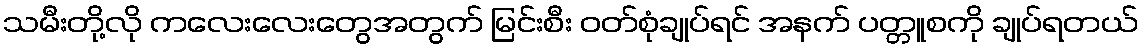
သမီးတို့လို ကလေးလေးတွေအတွက် မြင်းစီး ဝတ်စုံချုပ်ရင် အနက် ပတ္တူစကို ချုပ်ရတယ်